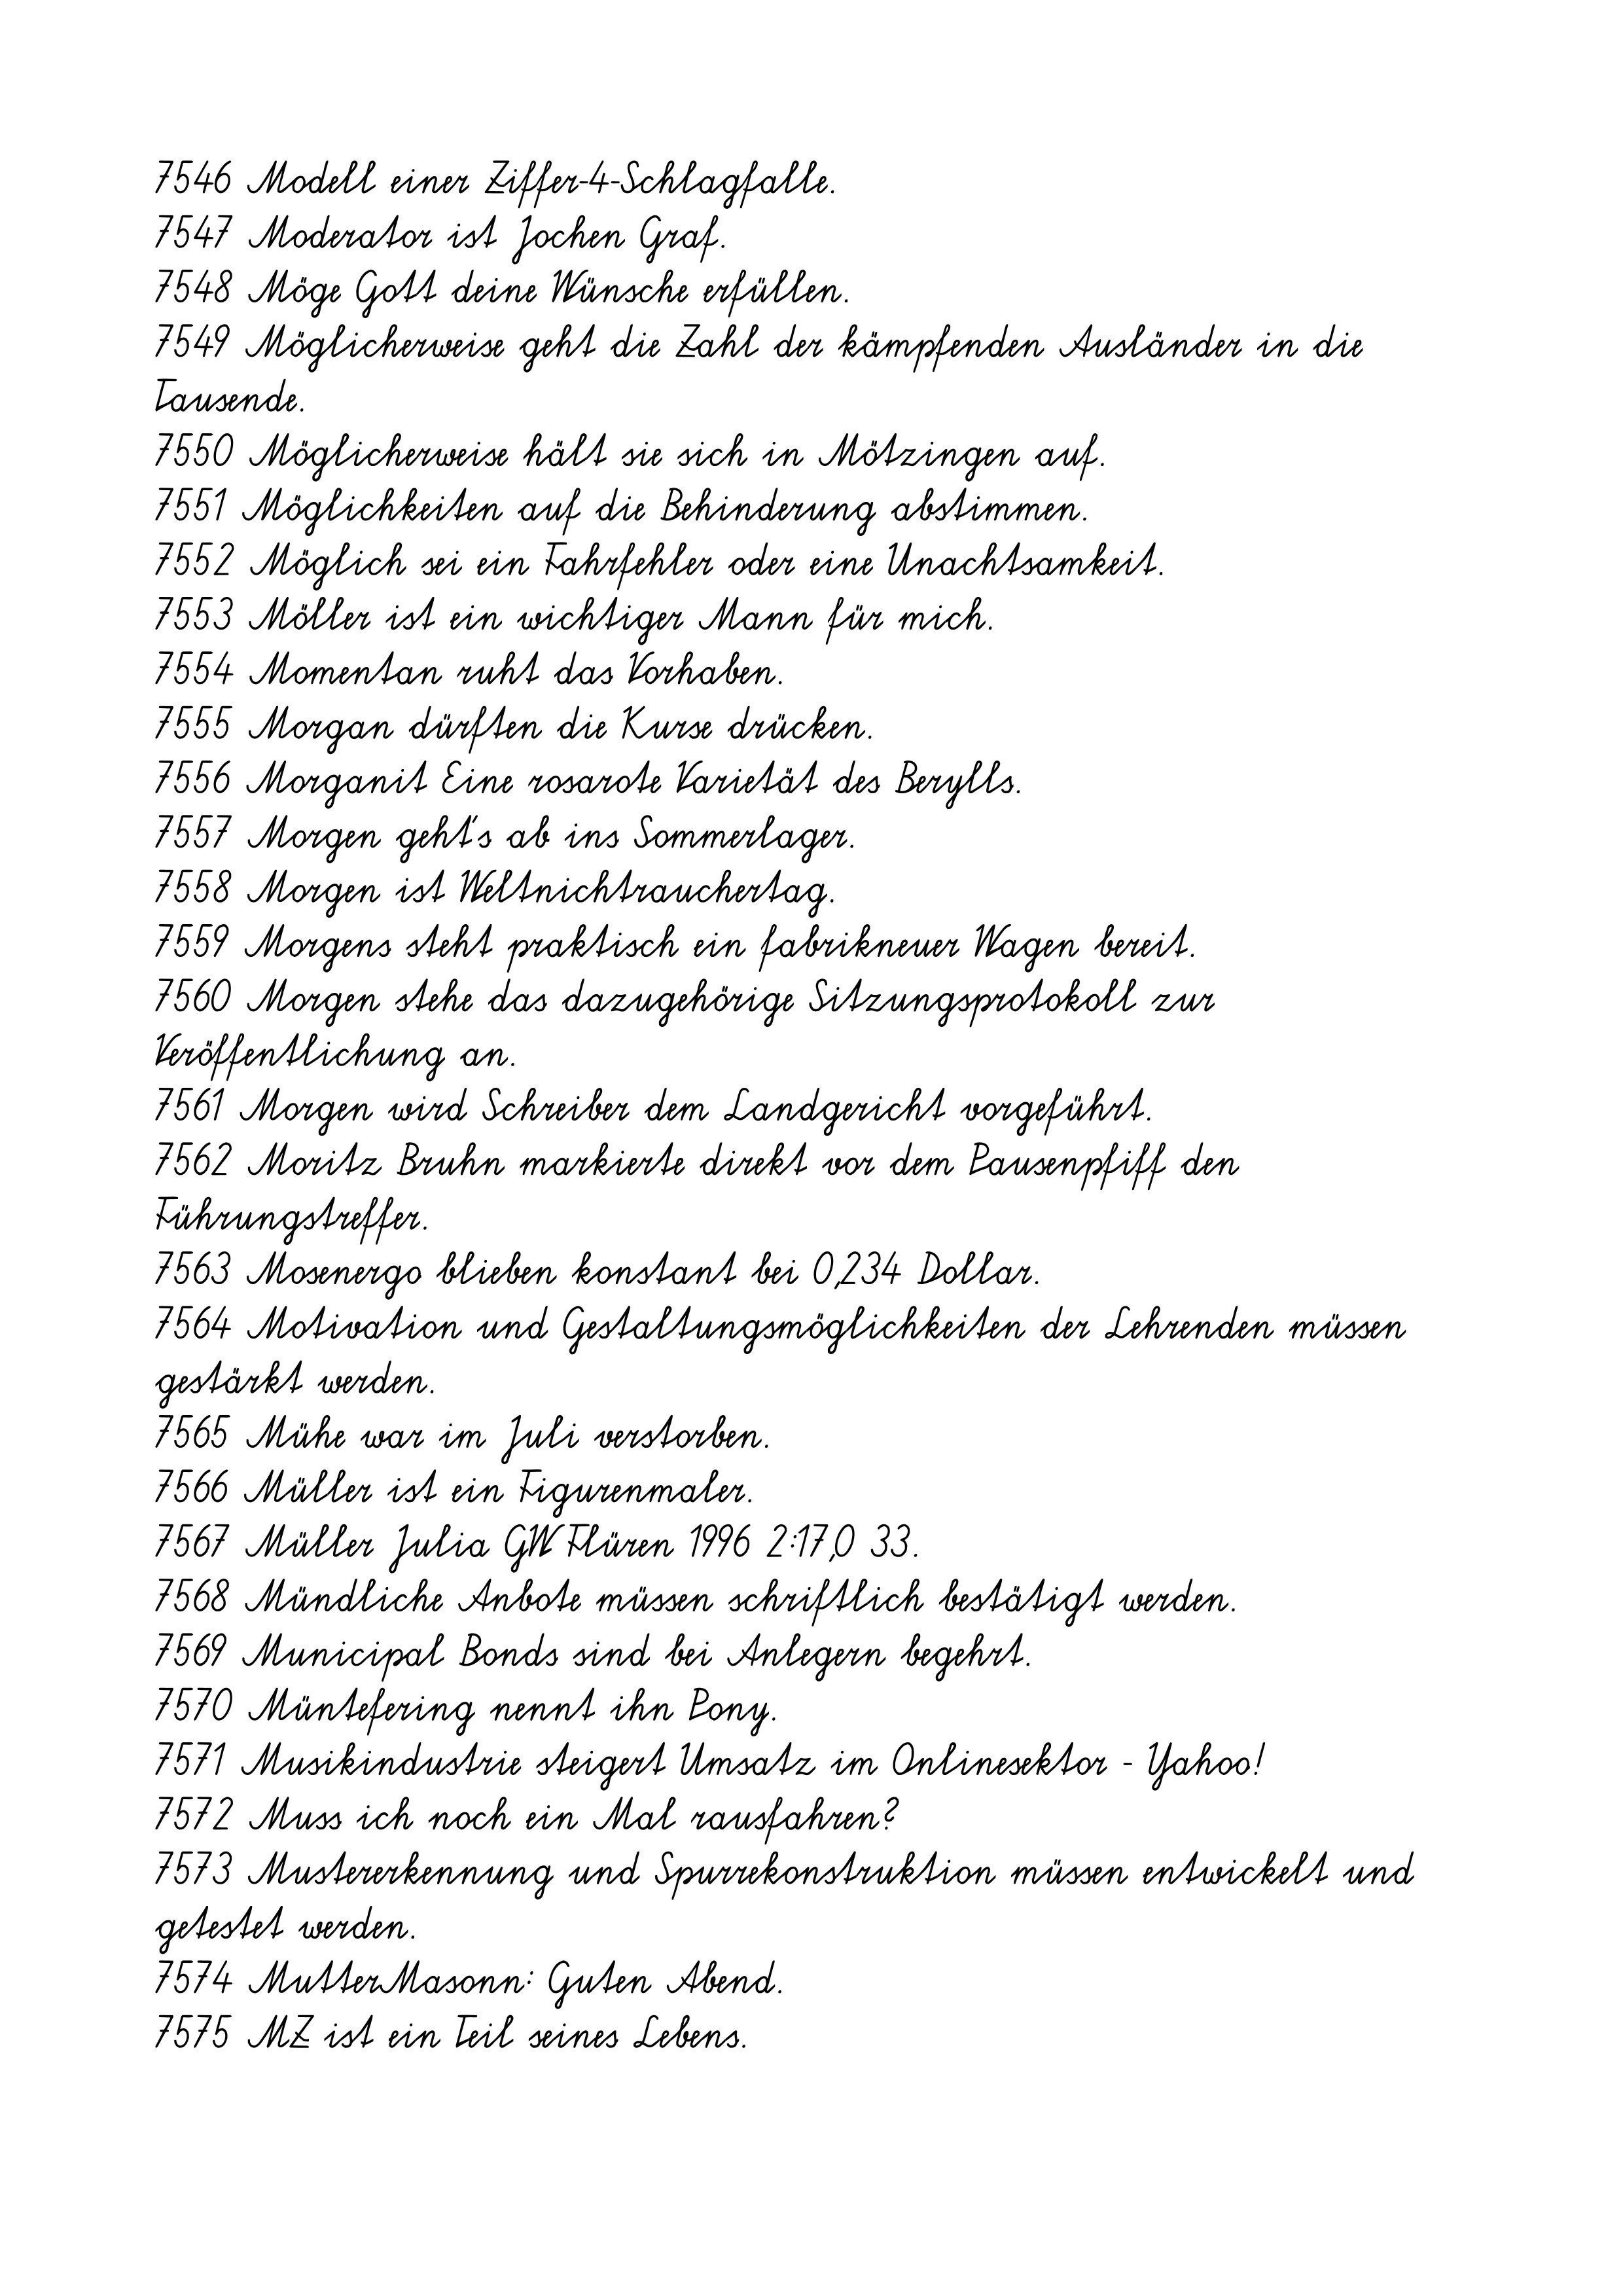
7546 Modell einer Ziffer-4-Schlagfalle.
7547 Moderator ist Jochen Graf.
7548 Möge Gott deine Wünsche erfüllen.
7549 Möglicherweise geht die Zahl der kämpfenden Ausländer in die
Tausende.
7550 Möglicherweise hält sie sich in Mötzingen auf.
7551 Möglichkeiten auf die Behinderung abstimmen.
7552 Möglich sei ein Fahrfehler oder eine Unachtsamkeit.
7553 Möller ist ein wichtiger Mann für mich.
7554 Momentan ruht das Vorhaben.
7555 Morgan dürften die Kurse drücken.
7556 Morganit Eine rosarote Varietät des Berylls.
7557 Morgen geht's ab ins Sommerlager.
7558 Morgen ist Weltnichtrauchertag.
7559 Morgens steht praktisch ein fabrikneuer Wagen bereit.
7560 Morgen stehe das dazugehörige Sitzungsprotokoll zur
Veröffentlichung an.
7561 Morgen wird Schreiber dem Landgericht vorgeführt.
7562 Moritz Bruhn markierte direkt vor dem Pausenpfiff den
Führungstreffer.
7563 Mosenergo blieben konstant bei 0,234 Dollar.
7564 Motivation und Gestaltungsmöglichkeiten der Lehrenden müssen
gestärkt werden.
7565 Mühe war im Juli verstorben.
7566 Müller ist ein Figurenmaler.
7567 Müller Julia GW Flüren 1996 2:17,0 33.
7568 Mündliche Anbote müssen schriftlich bestätigt werden.
7569 Municipal Bonds sind bei Anlegern begehrt.
7570 Müntefering nennt ihn Pony.
7571 Musikindustrie steigert Umsatz im Onlinesektor - Yahoo!
7572 Muss ich noch ein Mal rausfahren?
7573 Mustererkennung und Spurrekonstruktion müssen entwickelt und
getestet werden.
7574 MutterMasonn: Guten Abend.
7575 MZ ist ein Teil seines Lebens.